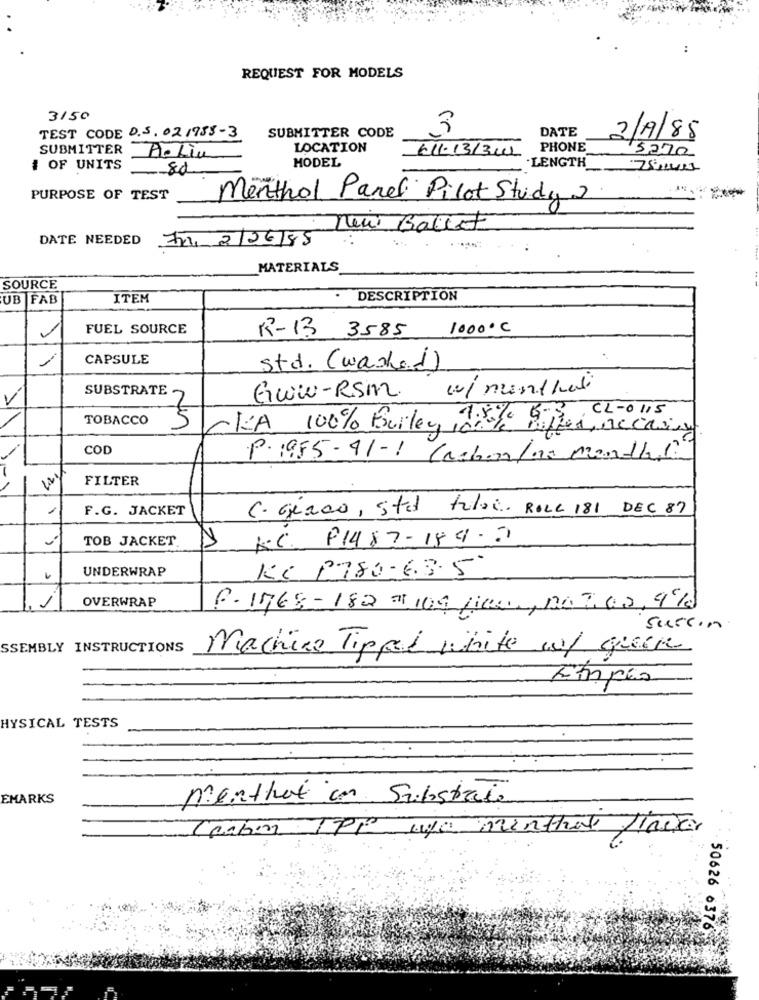
REQUEST FOR MODELS
3150
TEST CODE 0.5. 02 1955-3
SUBMITTER CODE
3
DATE
2/19/85
SUBMITTER
LOCATION
PHONE
5270
Aplia
MODEL
€11-13/3CL
# OF UNITS
80
.LENGTH
PURPOSE OF TEST
Menthol Panel Pilot Study 2
new Gallet
DATE NEEDED
Fri, 2/06/85
MATERIALS
SOURCE
UB FAB
ITEM
DESCRIPTION
FUEL SOURCE
1000ºC
R-13 3585
CAPSULE
Std. (washed)
SUBSTRATE
Gww-RSM w/ nunthali
V
TOBACCO
-K'A 100% Builey Title GR, CL-0115
Efter, Mccainy
COD
P. 1985-41-1 (askor/ns months
-
FILTER
F.G. JACKET
C. Gézao, sted falei. ROLL 181 DEC 87
TOB JACKET.
12
K.C. P1487-189-2
UNDERWRAP
KG P780-6.3.5
OVERWRAP
. j
B. 1968-182 7 109 fico, no 7,00, 95ld
Succin
SSEMBLY INSTRUCTIONS
Machine Tipped white wy queen
Fmpés
HYSICAL TESTS
EMARKS
menthat in Substrate
Ceaber TPP age menther finner
50626 6376-